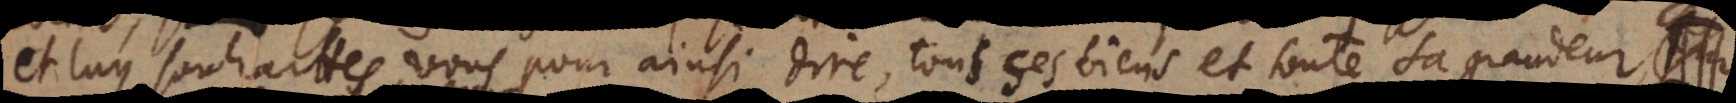
et luy souhaittés-vous, pour ainsi dire, tous ses biens et toute sa grandeur?